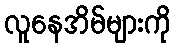
လူနေအိမ်များကို